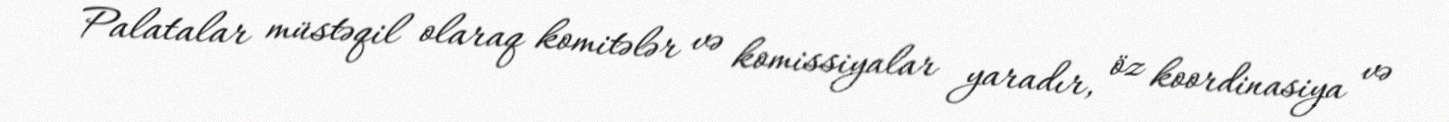
Palatalar müstəqil olaraq komitələr və komissiyalar yaradır, öz koordinasiya və